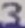
Text: 3